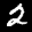
Label: 2